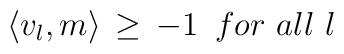
\langle {v}_l, {m} \rangle \, \geq \,-1 \,\,\, for \,\,all\,\,l